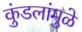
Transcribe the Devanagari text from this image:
कुंडलांमुळे